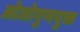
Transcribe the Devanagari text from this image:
ओजोगुणयुक्त